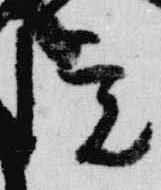
院